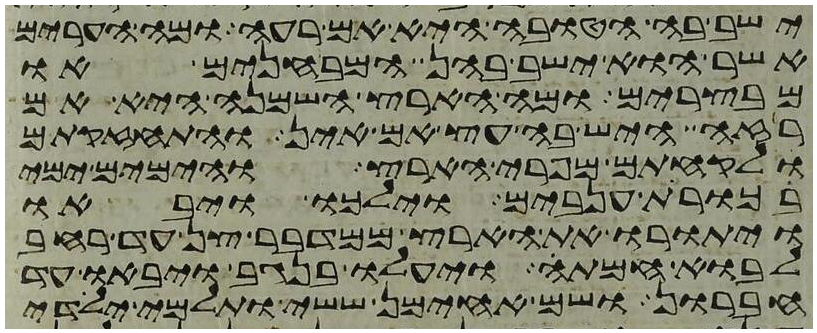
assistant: ישב בה הטובה היא אם רעה ומה הערים
אשר הוא ישב בהן המבחנים או
מבצרים ומה הארץ השמנה היא אם
רזה היש בה עץ אם אין והתחזקתם
ולקחתם מפרי הארץ והימים ימי
בכורת ענבים וילכו ויבאו
ויתורו את הארץ ממדבר צן עד רחב
לבוא חמתה ויעלו בנגב ויבאו עד
חברון ושם אחימן ששי ותלמי ילידי